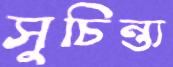
সুচিন্ত্য